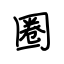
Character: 圈